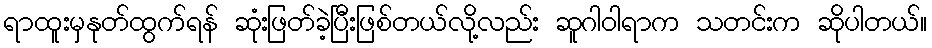
ရာထူးမှနုတ်ထွက်ရန် ဆုံးဖြတ်ခဲ့ပြီးဖြစ်တယ်လို့လည်း ဆူဂါဝါရာက သတင်းက ဆိုပါတယ်။